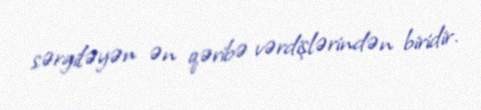
sərgiləyən ən qəribə vərdişlərindən biridir.